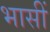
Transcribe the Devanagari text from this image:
भासीं